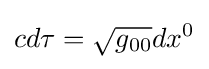
cd\tau ={\sqrt {g_{00}}}dx^{0}